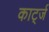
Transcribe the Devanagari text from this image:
कार्ट्ज